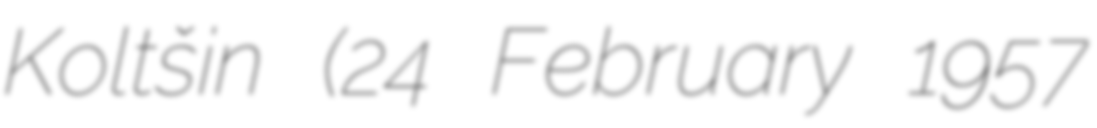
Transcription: Koltšin (24 February 1957